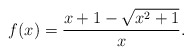
\begin{align*}f(x) = \frac{x+1-\sqrt{x^2+1}}{x}.\end{align*}